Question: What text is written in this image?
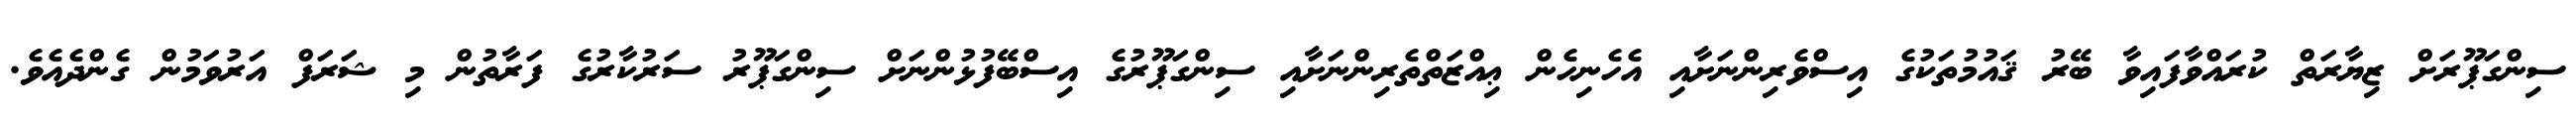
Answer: ސިންގަޕޫރަށް ޒިޔާރަތް ކުރައްވާފައިވާ ބޭރު ޤައުމުތަކުގެ އިސްވެރިންނަށާއި އެހެނިހެން ޢިއްޒަތްތެރިންނަށާއި ސިންގަޕޫރުގެ އިސްބޭފުޅުންނަށް ސިންގަޕޫރު ސަރުކާރުގެ ފަރާތުން މި ޝަރަފް އަރުވަމުން ގެންދެއެވެ.